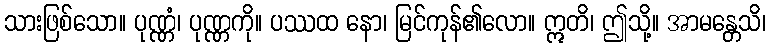
သားဖြစ်သော။ ပုဏ္ဏံ၊ ပုဏ္ဏကို။ ပဿထ နော၊ မြင်ကုန်၏လော။ ဣတိ၊ ဤသို့။ အာမန္တေသိ၊